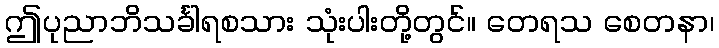
ဤပုညာဘိသင်္ခါရစသား သုံးပါးတို့တွင်။ တေရသ စေတနာ၊